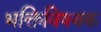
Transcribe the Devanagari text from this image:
भक्तिविषयक